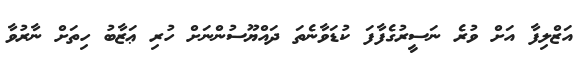
އަޒްލިފާ އަށް ވުރެ ނަސީރުގެފާފަ ކުޑަވާނެތަ ދައްޔޫސުންނަށް ހުރި ޢަޒާބު ހިތަށް ނާރުވާ